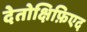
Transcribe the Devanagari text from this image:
देतोक्षिफ़िएद